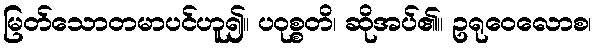
မြတ်သောတမာပင်ဟူ၍။ ပဝုစ္စတိ၊ ဆိုအပ်၏။ ဥရုဝေလောစ၊